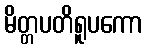
မိတ္တပတိရူပကော